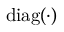
\mathrm { d i a g ( \cdot ) }